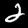
Label: 2